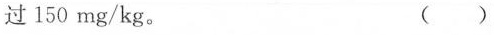
过150mg/kg。()